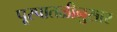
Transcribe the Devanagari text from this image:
पूरपातळीनुसार